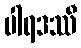
ပါရဒဿီ